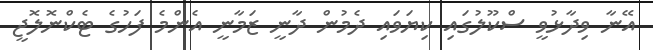
އޭނާ ވިދާޅުވީ ސްކޫލުގައި ކިޔަވައި ދެމުން ދާނީ ޒަމާނީ އެންމެ ފަހުގެ ޓެކްނޮލޮޖީ